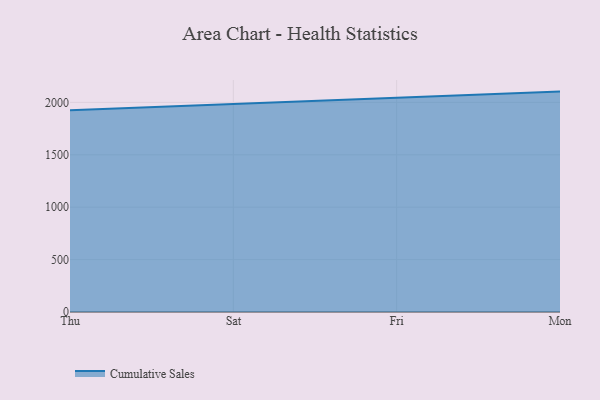
{"axis": {"x": "Day", "y": "Inventory Turnover"}, "legend": ["Cumulative Sales"], "data": [{"x": "Thu", "y": 1924.9, "type": "Cumulative Sales"}, {"x": "Sat", "y": 1984.6, "type": "Cumulative Sales"}, {"x": "Fri", "y": 2038.5, "type": "Cumulative Sales"}, {"x": "Mon", "y": 2103.2, "type": "Cumulative Sales"}]}